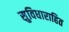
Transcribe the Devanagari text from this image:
सुविधाराहित